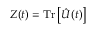
Z ( t ) = \mathrm { T r } \left[ \hat { U } ( t ) \right]